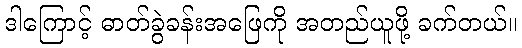
ဒါကြောင့် ဓာတ်ခွဲခန်းအဖြေကို အတည်ယူဖို့ ခက်တယ်။